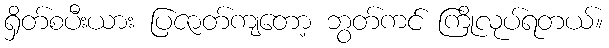
ရှိတ်စပီးယား ပြဇာတ်ကျတော့ ဘွတ်ကင် ကြိုလုပ်ရတယ်။